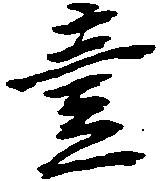
壱